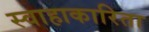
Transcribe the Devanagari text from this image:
स्वाहाकारिता